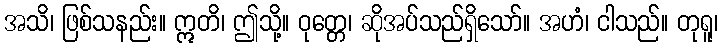
အသိ၊ ဖြစ်သနည်း။ ဣတိ၊ ဤသို့။ ဝုတ္တေ၊ ဆိုအပ်သည်ရှိသော်။ အဟံ၊ ငါသည်။ တုရူ၊